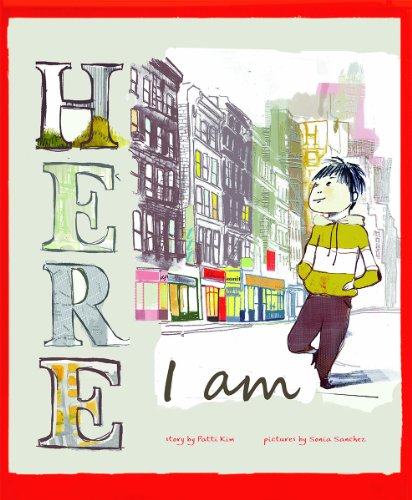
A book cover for Here I Am; Patti Kim; Children's Books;